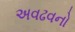
અવઢવનો